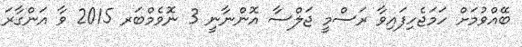
ބޭއްވުމަށް ހަމަޖެހިފައިވާ ރަސްމީ ޖަލްސާ އޮންނާނީ 3 ނޮވެމްބަރ 2015 ވާ އަންގާރަ